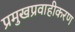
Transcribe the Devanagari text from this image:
प्रमुखप्रवाहीकरण